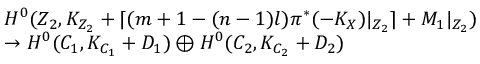
\begin{array} { r l } & { \indent H ^ { 0 } ( Z _ { 2 } , K _ { Z _ { 2 } } + \lceil ( m + 1 - ( n - 1 ) l ) { \pi ^ { * } ( - K _ { X } ) } | _ { Z _ { 2 } } \rceil + M _ { 1 } | _ { Z _ { 2 } } ) } \\ & { \rightarrow H ^ { 0 } ( C _ { 1 } , K _ { C _ { 1 } } + D _ { 1 } ) \oplus H ^ { 0 } ( C _ { 2 } , K _ { C _ { 2 } } + D _ { 2 } ) } \end{array}